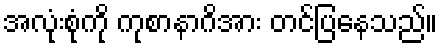
အလုံးစုံကို ကုစာနာဂိအား တင်ပြနေသည်။